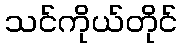
သင်ကိုယ်တိုင်